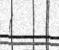
(